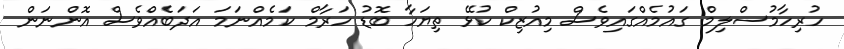
ހުރިހާމުސްލިމް ގައުމެއްގައިވެސް މިއުޒިކް ކުޅޭ ތިޔަހާ ބޮޑު ހަރާމް ކަމެއްނަމަ އަދަބެއްވެސް އޮންނަން